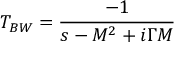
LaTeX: T _ { B W } = { \frac { - 1 } { s - M ^ { 2 } + i \Gamma M } }